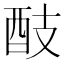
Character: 䣫